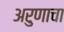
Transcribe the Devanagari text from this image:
अरुणाचा